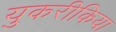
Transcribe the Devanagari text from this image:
युकरीकिया